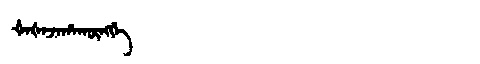
Manchu: ᡧᠠᡧᠠᠵᠠᡥᠠᡴᡡᠩᡤᡝ
Romanization: ŠAŠAJAHAKŪNGGE